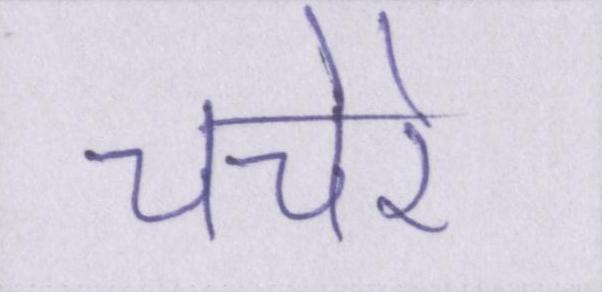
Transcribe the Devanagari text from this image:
चचेरे